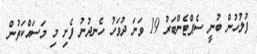
ފުލުހުން ބުނީ ސެޕްޓެންބަރު 19 ވަނަ ދުވަހު ހެނދުނު ފެށި މި މަސައްކަތުން